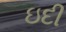
ઇદી